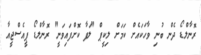
ރޮނާލްޑޯ ދެން ބުނި ވާހަކައެށް ކަމަށް ލިކީޕް "ލަފާ ކޮށްފައިވަނީ" ރޮނާލްޑޯ ޕީއެސްޖީއާ